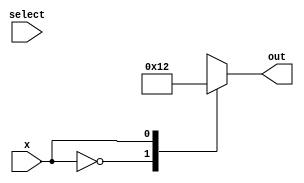
module behavioral_model(
    input wire x,
    input wire [1:0] select,
    output reg [3:0] out
);

always @ (*)
begin
    case (x)
        1'b0 : out = 4'b0001;
        1'b1 : out = 4'b0010;
        default : out = 4'b1111;
    endcase
end

endmodule